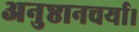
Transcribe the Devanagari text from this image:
अनुष्ठानचर्या।